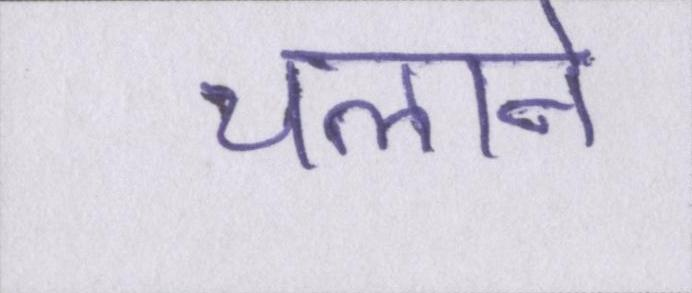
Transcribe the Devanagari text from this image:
चलाने